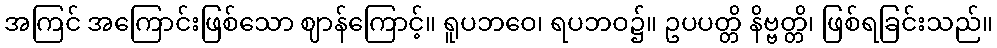
အကြင် အကြောင်းဖြစ်သော ဈာန်ကြောင့်။ ရူပဘဝေ၊ ရပဘဝ၌။ ဥပပတ္တိ နိဗ္ဗတ္တိ၊ ဖြစ်ရခြင်းသည်။